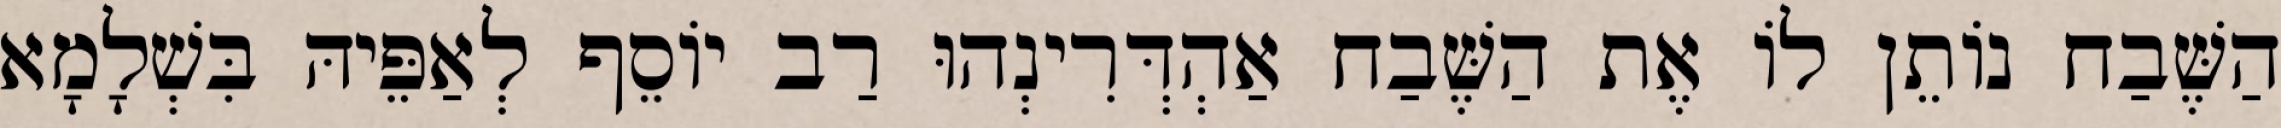
הַשֶּׁבַח נוֹתֵן לוֹ אֶת הַשֶּׁבַח אַהְדְּרִינְהוּ רַב יוֹסֵף לְאַפֵּיהּ בִּשְׁלָמָא